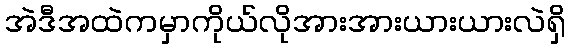
အဲဒီအထဲကမှာကိုယ်လိုအားအားယားယားလဲရှိ